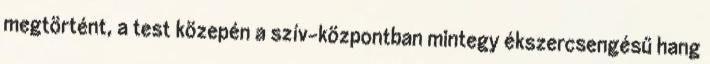
megtörtént, a test közepén a szív-központban mintegy ékszercsengésű hang